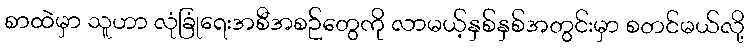
စာထဲမှာ သူဟာ လုံခြုံရေးအစီအစဉ်တွေကို လာမယ့်နှစ်နှစ်အတွင်းမှာ စတင်မယ်လို့